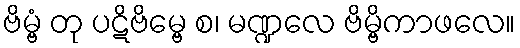
ဗိမ္ဗံ တု ပဋိဗိမ္ဗေ စ၊ မဏ္ဍလေ ဗိမ္ဗိကာဖလေ။